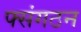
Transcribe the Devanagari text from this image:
फ्संगठन